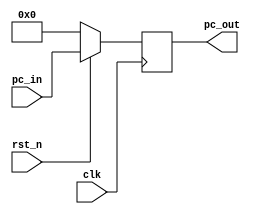
`timescale 1ps/1ps

module pc
(
  input  wire       clk,
  input  wire       rst_n,
  input  wire [7:0] pc_in,
  output reg  [7:0] pc_out
);

  always @(posedge clk) begin
    if(!rst_n) begin
      pc_out <= 0;
    end else begin
      pc_out <= pc_in;
    end
  end

endmodule